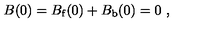
B ( 0 ) = B _ { \mathrm { f } } ( 0 ) + B _ { \mathrm { b } } ( 0 ) = 0 \ ,